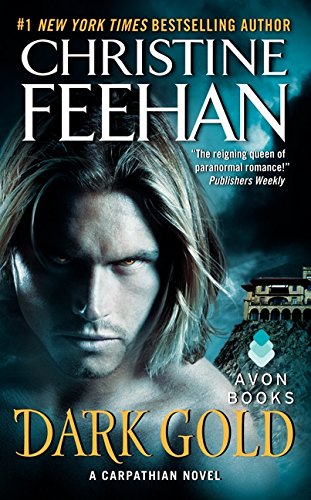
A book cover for Dark Gold: A Carpathian Novel (Dark Series); Christine Feehan; Romance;